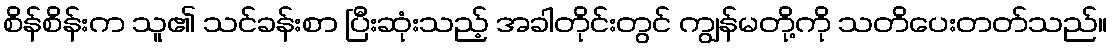
စိန်စိန်းက သူ၏ သင်ခန်းစာ ပြီးဆုံးသည့် အခါတိုင်းတွင် ကျွန်မတို့ကို သတိပေးတတ်သည်။